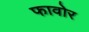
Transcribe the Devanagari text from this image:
फावोर